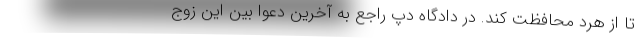
تا از هرد محافظت کند. در دادگاه دپ راجع به آخرین دعوا بین این زوج